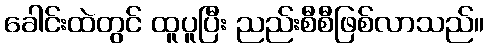
ခေါင်းထဲတွင် ထူပူပြီး ညည်းစီစီဖြစ်လာသည်။